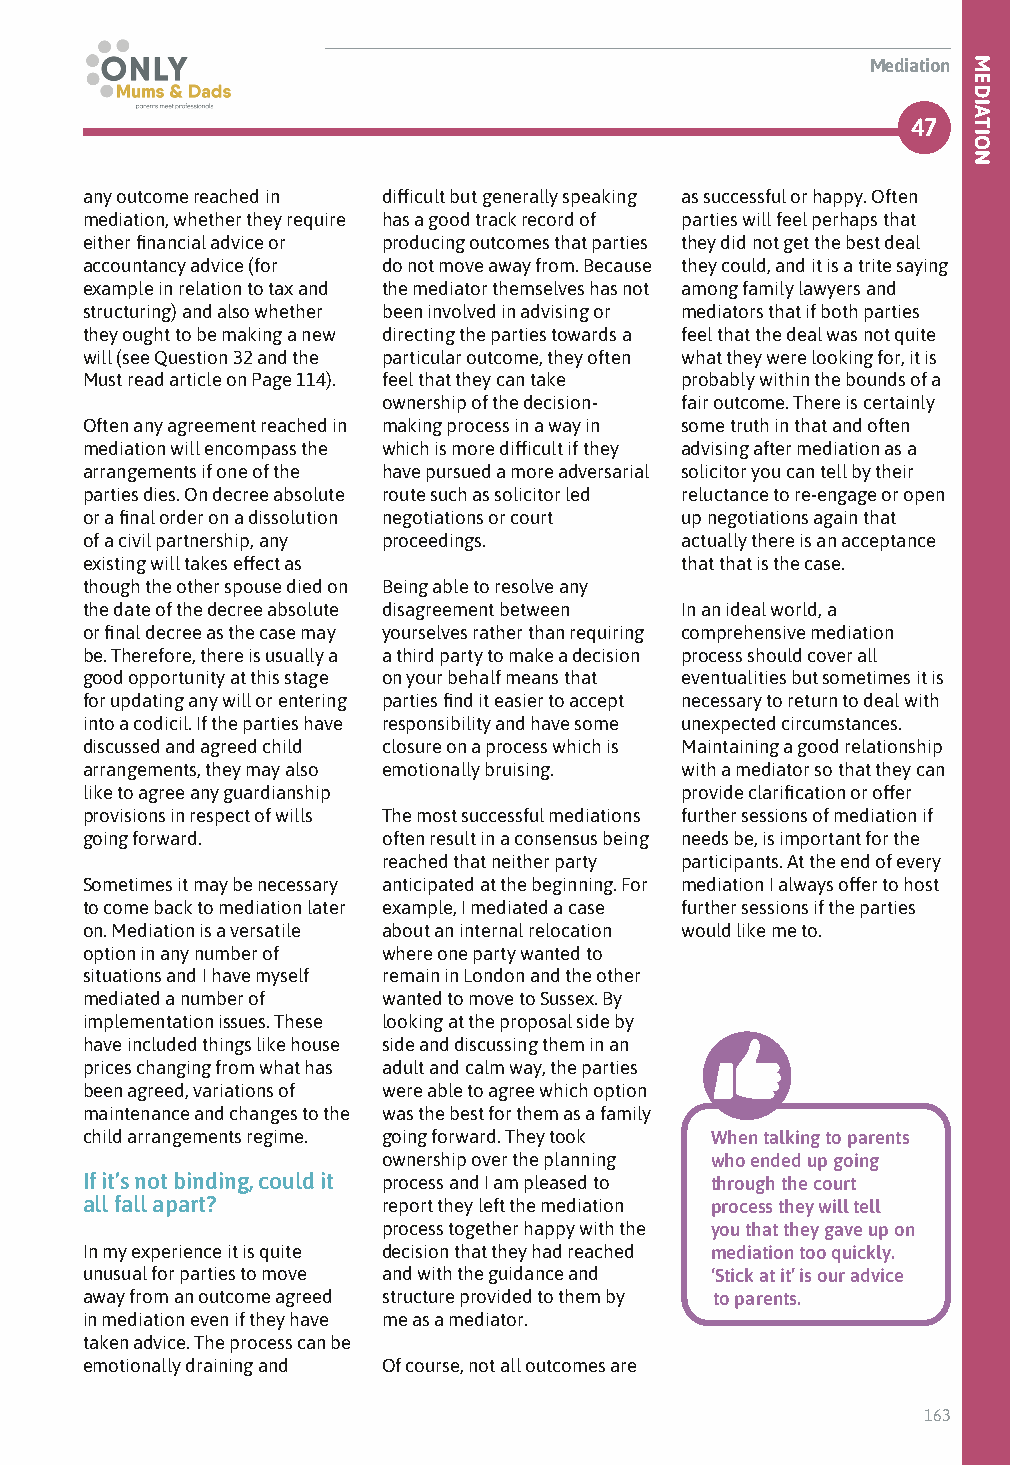
Mediation
 47
 any outcome reached in difficult but generally speaking as successful or happy. Often
 mediation, whether they require has a good track record of parties will feel perhaps that
 either financial advice or producing outcomes that parties they did not get the best deal
 accountancy advice (for do not move away from. Because they could, and it is a trite saying
 example in relation to tax and the mediator themselves has not among family lawyers and
 structuring) and also whether been involved in advising or mediators that if both parties
 they ought to be making a new directing the parties towards a feel that the deal was not quite
 will (see Question 32 and the particular outcome, they often what they were looking for, it is
 Must read article on Page 114). feel that they can take probably within the bounds of a
 ownership of the decision- fair outcome. There is certainly
 Often any agreement reached in making process in a way in some truth in that and often
 mediation will encompass the which is more difficult if they advising after mediation as a
 arrangements if one of the have pursued a more adversarial solicitor you can tell by their
 parties dies. On decree absolute route such as solicitor led reluctance to re-engage or open
 or a final order on a dissolution negotiations or court up negotiations again that
 of a civil partnership, any proceedings. actually there is an acceptance
 existing will takes effect as           that that is the case.
 though the other spouse died on Being able to resolve any
 the date of the decree absolute disagreement between In an ideal world, a
 or final decree as the case may yourselves rather than requiring comprehensive mediation
 be. Therefore, there is usually a a third party to make a decision process should cover all
 good opportunity at this stage on your behalf means that eventualities but sometimes it is
 for updating any will or entering parties find it easier to accept necessary to return to deal with
 into a codicil. If the parties have responsibility and have some unexpected circumstances.
 discussed and agreed child closure on a process which is Maintaining a good relationship
 arrangements, they may also emotionally bruising. with a mediator so that they can
 like to agree any guardianship          provide clarification or offer
 provisions in respect of wills The most successful mediations further sessions of mediation if
 going forward.      often result in a consensus being needs be, is important for the
 reached that neither party participants. At the end of every
 Sometimes it may be necessary anticipated at the beginning. For mediation I always offer to host
 to come back to mediation later example, I mediated a case further sessions if the parties
 on. Mediation is a versatile about an internal relocation would like me to.
 option in any number of where one party wanted to
 situations and I have myself remain in London and the other
 mediated a number of wanted to move to Sussex. By
 implementation issues. These looking at the proposal side by
 have included things like house side and discussing them in an
 prices changing from what has adult and calm way, the parties
 been agreed, variations of were able to agree which option
 maintenance and changes to the was the best for them as a family
 child arrangements regime. going forward. They took When talking to parents
 ownership over the planning who ended up going
 If it’s not binding, could it process and I am pleased to through the court
 all fall apart?     report they left the mediation process they will tell
 process together happy with the you that they gave up on
 In my experience it is quite decision that they had reached mediation too quickly.
 unusual for parties to move and with the guidance and ‘Stick at it’ is our advice
 away from an outcome agreed structure provided to them by to parents.
 in mediation even if they have me as a mediator.
 taken advice. The process can be
 emotionally draining and Of course, not all outcomes are
 163
 MEDIATION